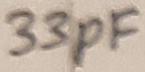
Text: 33pF